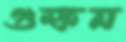
গুম্ফন